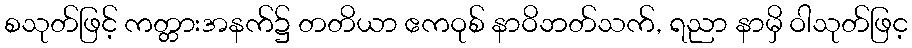
စသုတ်ဖြင့် ကတ္တားအနက်၌ တတိယာ ဧကဝုစ် နာဝိဘတ်သက်, ရညာ နာမှိ ဝါသုတ်ဖြင့